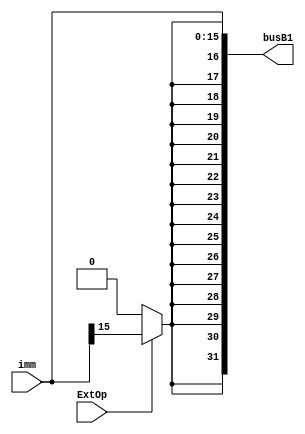
module Extender(imm, ExtOp, busB1);
	input [15:0] imm;
	input ExtOp;
	output reg [31:0] busB1;

	integer i;
	
	always @(*)
	begin
	busB1[15:0] = imm;		
	if(ExtOp == 1)
		for(i = 16; i < 32; i = i + 1)
			busB1[i] = imm[15];
	else
		for(i = 16; i < 32; i = i + 1)
			busB1[i] = 0;
	end
	
endmodule